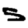
Digit: 5